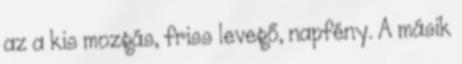
az a kis mozgás, friss levegő, napfény. A másik